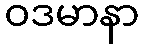
ဝဒမာနာ